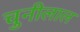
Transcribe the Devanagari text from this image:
चुनीलाल